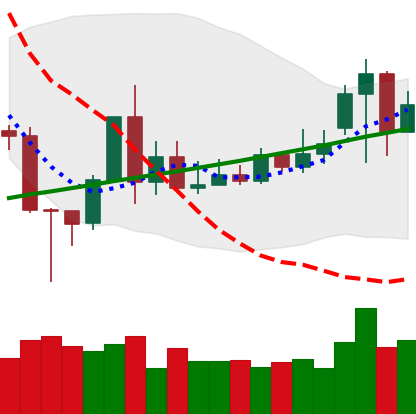
Ticker: TRX-USD
Chart end date: 2020-11-20
Forward return: 26.022%
Label: up_7plus